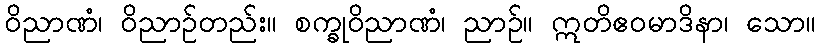
ဝိညာဏံ၊ ဝိညာဉ်တည်း။ စက္ခုဝိညာဏံ၊ ညာဉ်။ ဣတိဧဝမာဒိနာ၊ သော။